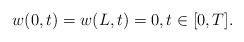
\begin{align*} w(0,t)=w(L,t)=0, t \in [0, T]. \end{align*}